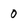
Character: 0